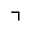
\urcorner